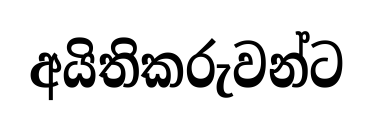
අයිතිකරුවන්ට